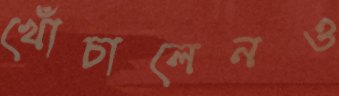
খোঁচালেনও